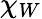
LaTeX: \chi_{W}